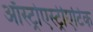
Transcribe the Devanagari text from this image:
ऑस्ट्रोएस्ट्रीएटिक